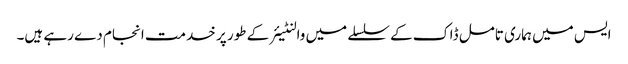
ایس میں ہماری تامل ڈاک کے سلسلے میں والنٹیئر کے طور پر خدمت انجام دے رہے ہیں۔